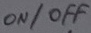
Text: ON/OFF